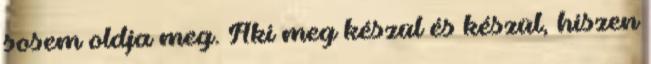
sosem oldja meg. Aki meg készül és készül, hiszen